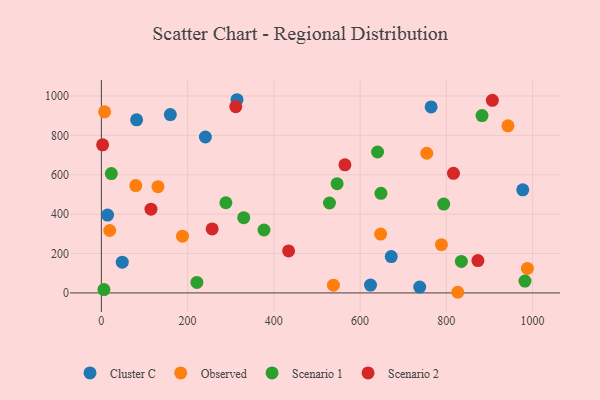
{"axis": {"x": "Study Hours", "y": "Sales"}, "legend": ["Cluster C", "Observed", "Scenario 1", "Scenario 2"], "data": [{"x": "624.1", "y": 40.1, "type": "Cluster C"}, {"x": "314.5", "y": 981.0, "type": "Cluster C"}, {"x": "159.9", "y": 905.7, "type": "Cluster C"}, {"x": "672.2", "y": 184.7, "type": "Cluster C"}, {"x": "81.7", "y": 878.7, "type": "Cluster C"}, {"x": "14.4", "y": 395.4, "type": "Cluster C"}, {"x": "977.2", "y": 523.5, "type": "Cluster C"}, {"x": "764.7", "y": 944.5, "type": "Cluster C"}, {"x": "48.4", "y": 156.2, "type": "Cluster C"}, {"x": "241.2", "y": 791.8, "type": "Cluster C"}, {"x": "738.2", "y": 29.6, "type": "Cluster C"}, {"x": "942.8", "y": 848.5, "type": "Observed"}, {"x": "647.6", "y": 298.6, "type": "Observed"}, {"x": "131.2", "y": 539.3, "type": "Observed"}, {"x": "754.6", "y": 709.2, "type": "Observed"}, {"x": "987.9", "y": 124.5, "type": "Observed"}, {"x": "188.1", "y": 288.3, "type": "Observed"}, {"x": "19.3", "y": 316.9, "type": "Observed"}, {"x": "538.1", "y": 39.1, "type": "Observed"}, {"x": "7.5", "y": 919.7, "type": "Observed"}, {"x": "79.8", "y": 545.1, "type": "Observed"}, {"x": "826.4", "y": 3.3, "type": "Observed"}, {"x": "788.6", "y": 245.0, "type": "Observed"}, {"x": "221.5", "y": 53.3, "type": "Scenario 1"}, {"x": "640.5", "y": 715.5, "type": "Scenario 1"}, {"x": "5.9", "y": 17.0, "type": "Scenario 1"}, {"x": "834.8", "y": 159.8, "type": "Scenario 1"}, {"x": "288.7", "y": 457.8, "type": "Scenario 1"}, {"x": "528.9", "y": 456.6, "type": "Scenario 1"}, {"x": "23.1", "y": 605.9, "type": "Scenario 1"}, {"x": "793.9", "y": 451.1, "type": "Scenario 1"}, {"x": "330.1", "y": 382.3, "type": "Scenario 1"}, {"x": "982.3", "y": 60.1, "type": "Scenario 1"}, {"x": "882.7", "y": 900.3, "type": "Scenario 1"}, {"x": "377.1", "y": 319.4, "type": "Scenario 1"}, {"x": "648.3", "y": 505.6, "type": "Scenario 1"}, {"x": "546.7", "y": 554.8, "type": "Scenario 1"}, {"x": "873.2", "y": 164.1, "type": "Scenario 2"}, {"x": "906.7", "y": 977.9, "type": "Scenario 2"}, {"x": "256.9", "y": 325.1, "type": "Scenario 2"}, {"x": "816.5", "y": 607.4, "type": "Scenario 2"}, {"x": "311.6", "y": 945.7, "type": "Scenario 2"}, {"x": "564.8", "y": 650.5, "type": "Scenario 2"}, {"x": "434.2", "y": 213.5, "type": "Scenario 2"}, {"x": "115.0", "y": 425.5, "type": "Scenario 2"}, {"x": "2.9", "y": 752.2, "type": "Scenario 2"}]}